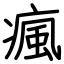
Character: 瘋